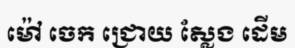
ម៉ៅ ចេក ជ្រោយ ស្លែង ដើម